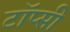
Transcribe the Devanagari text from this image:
टॉप्सी